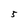
Character: 5